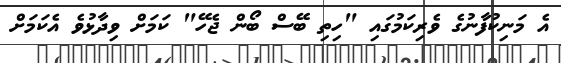
އެ މަނިކުފާނުގެ ވެރިކަމުގައި "ހިތި ބޭސް ބޯން ޖެހޭ" ކަމަށް ވިދާޅުވެ އެކަމަށް